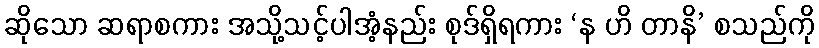
ဆိုသော ဆရာစကား အသို့သင့်ပါအံ့နည်း စုဒ်ရှိရကား ‘န ဟိ တာနိ’ စသည်ကို